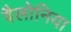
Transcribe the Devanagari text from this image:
वैलोनिया